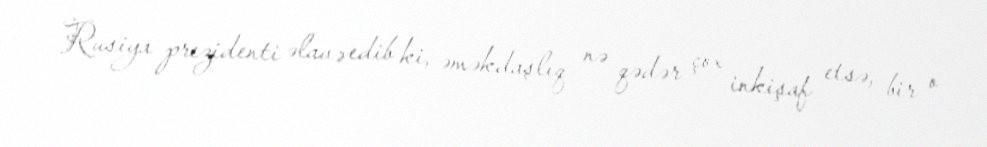
Rusiya prezidenti əlavə edib ki, əməkdaşlıq nə qədər çox inkişaf etsə, bir o